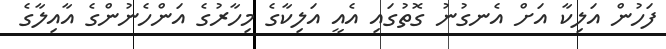
ފަހުން އަލިކާ އަށް އެނގުނު ގޮތުގައި އެއީ އަލިކާގެ މިހާރުގެ އަންހެނުންގެ އާއިލާގެ